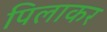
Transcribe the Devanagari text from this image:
पिलाकर